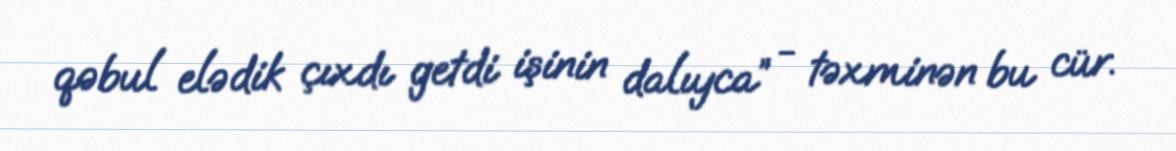
qəbul elədik çıxdı getdi işinin dalıyca” - təxminən bu cür.